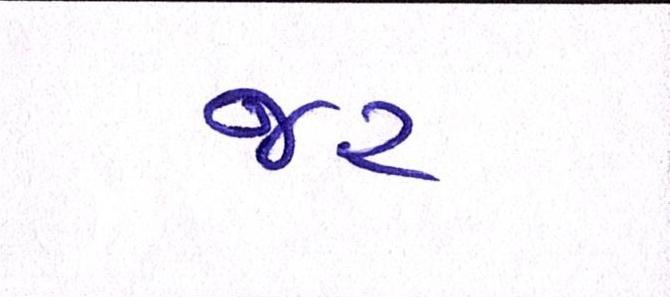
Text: જર